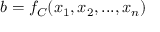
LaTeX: b = f _ { C } ( x _ { 1 } , x _ { 2 } , . . . , x _ { n } )